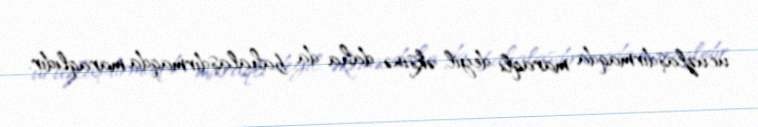
ucuzlaşdırmaqda maraqlı deyil, əksinə, daha da bahalaşdırmaqda maraqlıdır.